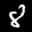
Label: 8